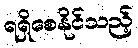
ရရှိစေနိုင်သည့်